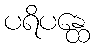
ပရိပန္ထေ